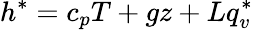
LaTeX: h^{*}=c_{p}T+gz+Lq_{v}^{*}